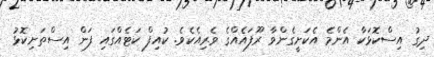
ދިގު އިސްކޮޅަކާ އެންމެ އެކަށީގެންވާ ރޫފައެއްގެ ވެރިއެކެވެ. ކުއިފް ކަޓެއްގައި ފަން އިސްތަށިކޮޅު